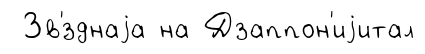
Зв'́зднаjа на Дзаппон'иjитал